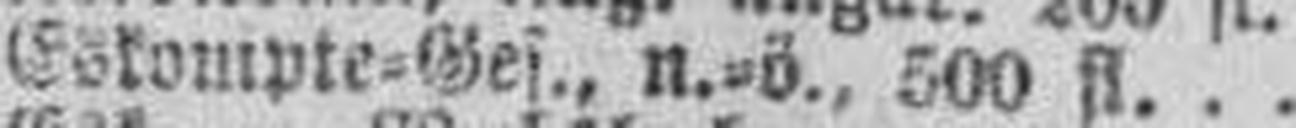
Eskompte=Ges., n.=ö., 500 fl.